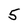
Character: 5